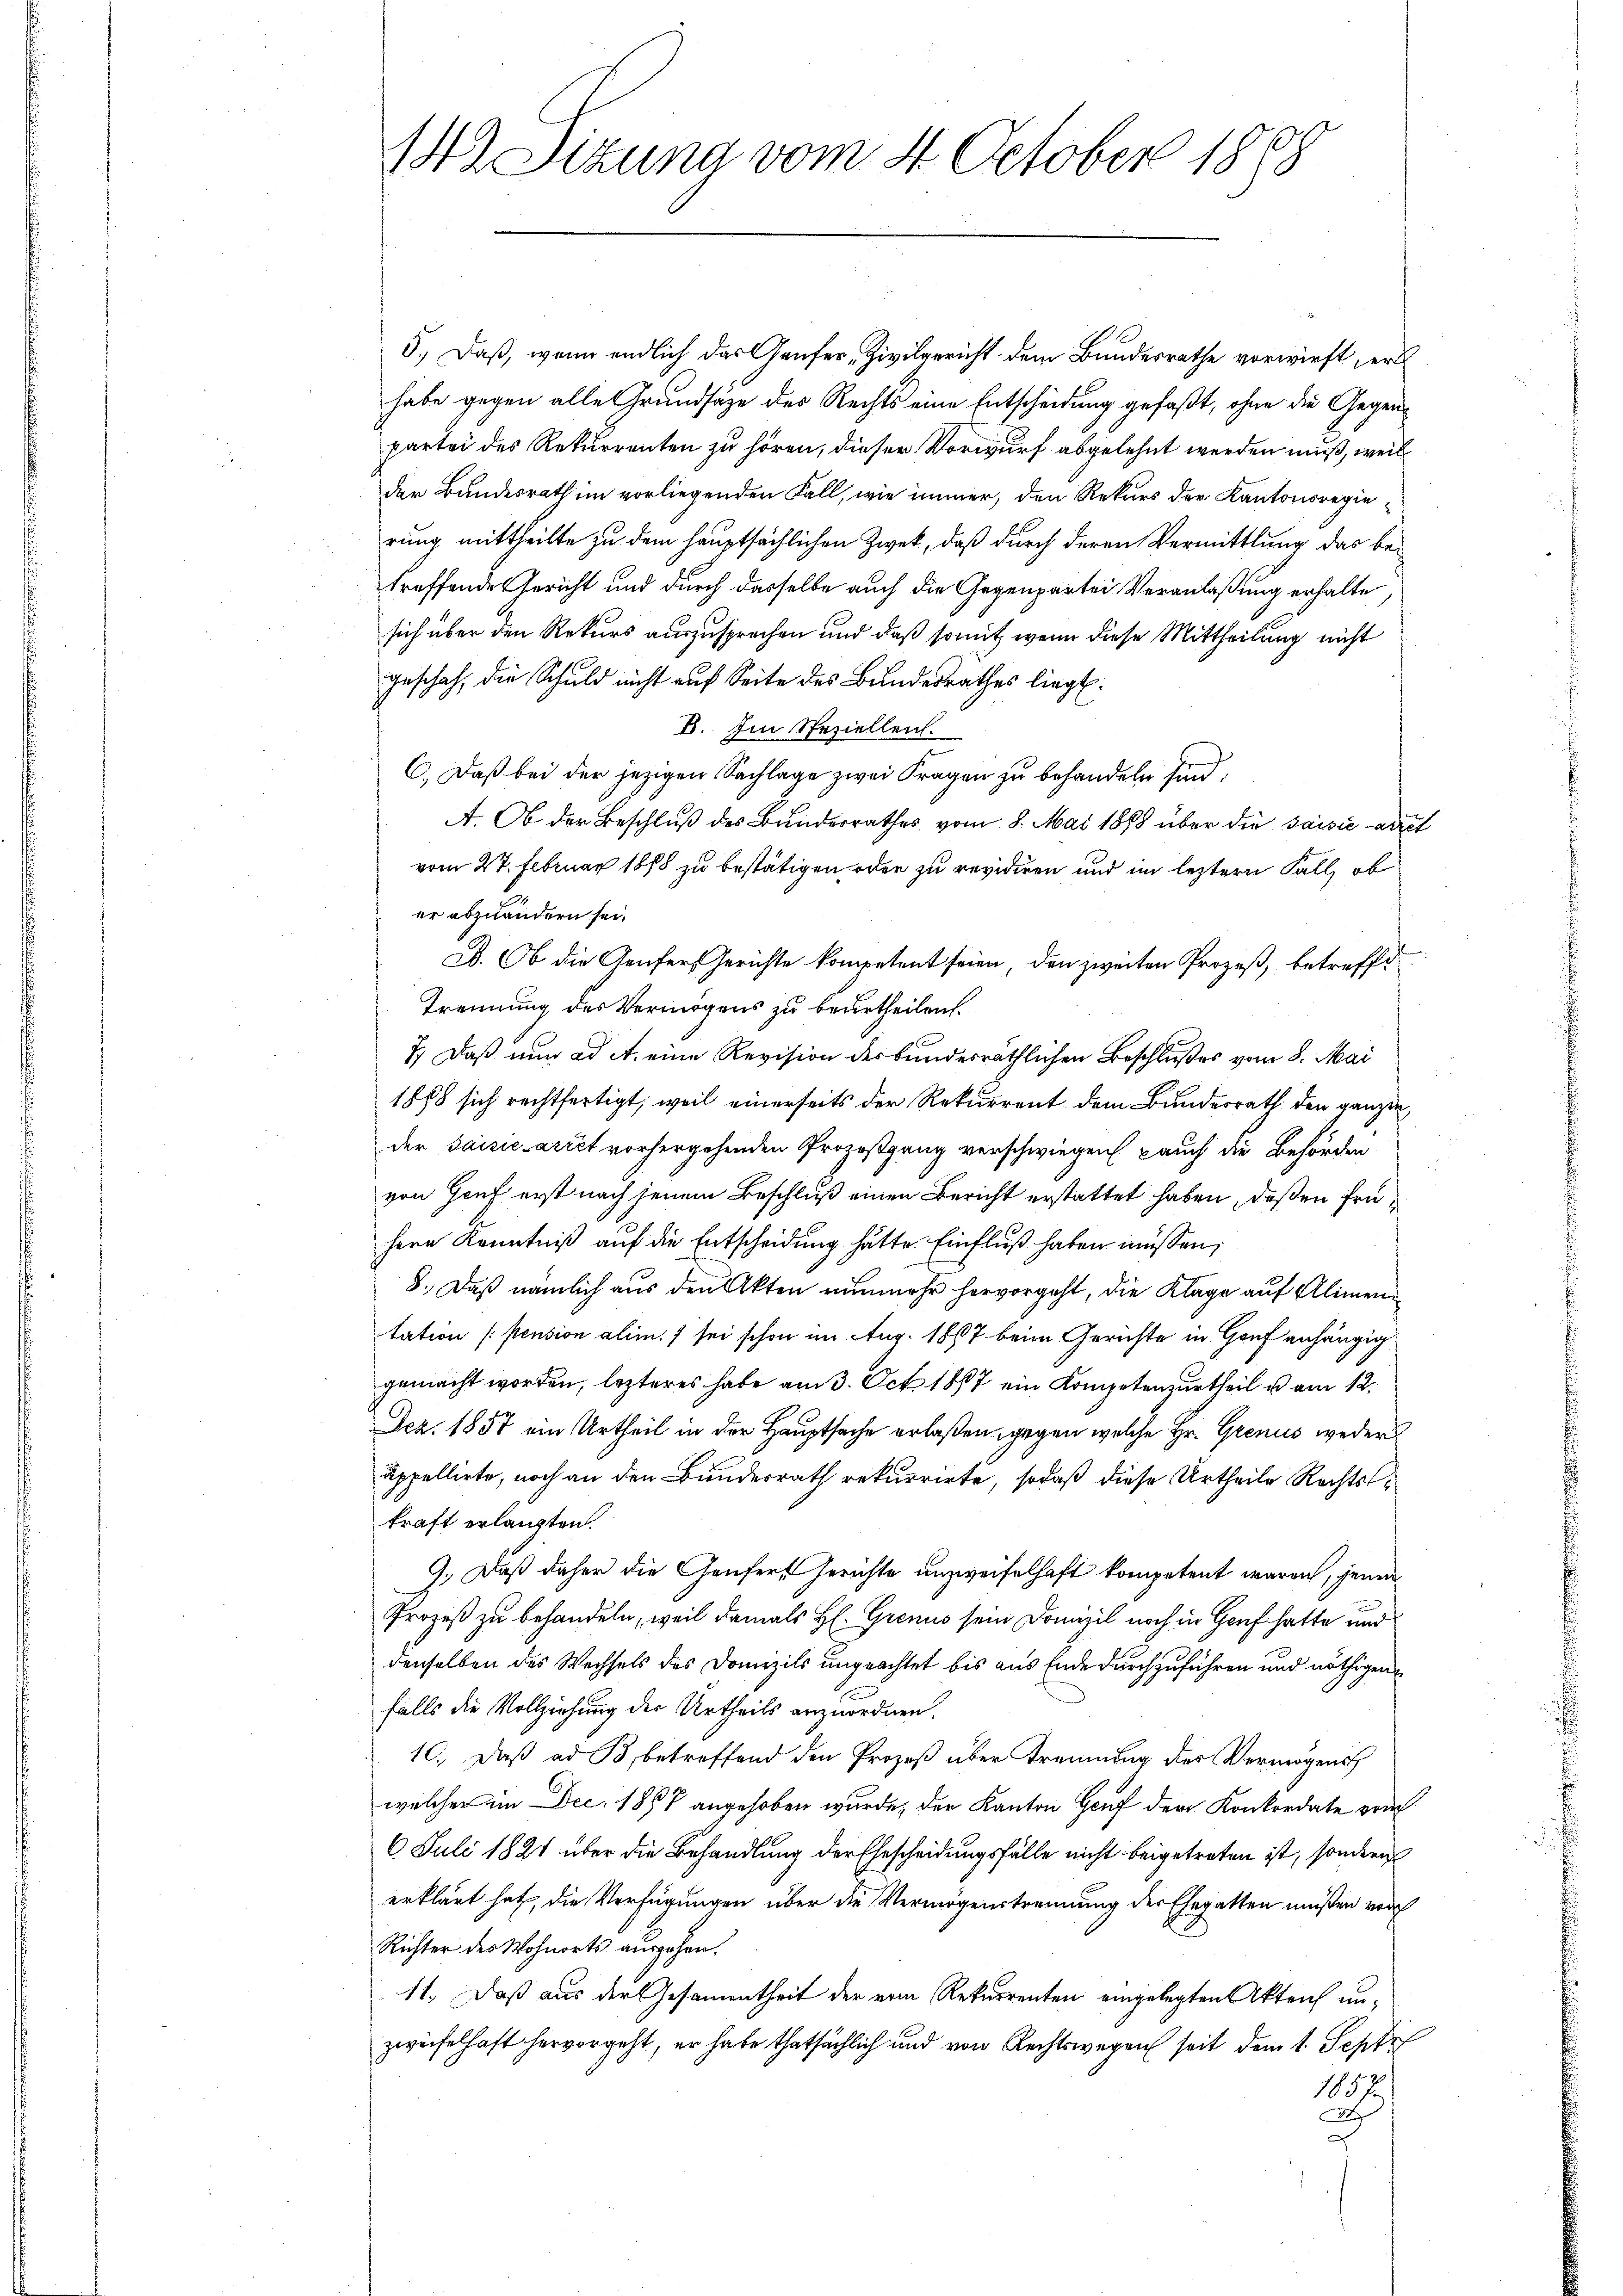
142 Sizung vom 4. October 1898

5.) Daß, wenn endlich das Genfer Zivilgericht dem Bundesrathe vorwirft, er
habe gegen alle Grundsätze des Rechts eine Entscheidung gefaßt, ohne die Gegenpartei des Rekurrenten zu hören, dieser Vorwurf abgelehnt werden muß, weil
der Bundesrath im vorliegenden Fall, wie immer, den Rekurs der Kantonsregierung mittheilte zu dem hauptsächlichen Zwek, daß durch deren Vermittlung das betreffende Gericht und durch dasselbe auch die Gegenpartei Veranlaßung erhalte
sich über den Rekurs auszusprechen und daß somit wenn diese Mittheilung nicht
geschah, die Schuld nicht auf Seite des Bundesrathes liegt.
B. Im Speziellen.
C.) Daß bei der jezigen Sachlage zwei Fragen zu behandeln sind,
A. Ob der Beschluß des Bundesrathes vom 8. Mai 1868 über die saisie auch
vom 27. Februar 1888 zu bestätigen oder zu revidiren und im leztern Fall, ob
er abzuändern sei.
D. Ob die Genfers Gerichte kompetent seien, den zweiten Prozeß, betreffe
Trennung des Vermögens zu beurtheilen.
7.) Daß nun ad A. eine Revision der bunderräthlichen Beschlußes vom 8. Mai
1888 sich rechtfertigt, weil einerseits der Rekurrent dem Bundesrath den ganzen
der Saisie arret vorhergehenden Prozeßgang verschwiegen auch die Behörden
von Genf erst nach jenem Beschluß einen Bericht erstattet haben, deßen frühere Kenntniß auf die Entscheidung hätte. Einfluß haben müssen;
8. Daß nämlich aus den Akten nunmehr hervorgeht, die Klage auf Alimentation (stension alim. sei schon im Aug. 1867 beim Gerichte in Graf anhängig
gemacht worden, lezteres habe am 3. Oct. 1887 ein Kompetenzurtheil u am 12.
Dez. 1857 ein Urtheil in der Hauptsache erlaßen, gegen welche Hr. Grenis weder
appellirte, noch an den Bundesrath rekurrirte, sodaß diese Urtheile Rechtskraft erlangten.
9.) Daß daher die Genfert Gerichte unzweifelhaft kompetent waren, jene
Prozeß zu behandeln, weil damals H. Grenus sein Domizil noch in Genf hatte und
denselben des Wechsels des Domizils ungeachtet bis aus Ende durchzuführen und nöthigen
falls die Vollziehung der Urtheils anzuordnen.
10.) Daß ad B, betreffend den Prozeß über Trennung des Vermögens
welcher im Dec. 1857 angehoben wurde, der Kanton Gauf der Konkordate von
6 Juli 1821 über die Behandlung der Ehescheidungsfälle nicht beigetreten ist, sondern
erklärt hat, die Verfügungen über die Vermögenstrennung der Ehegatten müßen vor
Richter des Wohnorts ausgehen.
11. Daß aus der Gesammtheit der vom Rekurrenten eingelegten Akteich unzweifelhaft hervorgeht, er habe thatsächlich und von Rechtswegen seit dem 1. Sept
1857
A
x